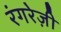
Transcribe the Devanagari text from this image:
रंगरेज़ी